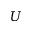
U